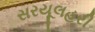
સરયૂલહરી